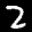
Label: 2